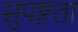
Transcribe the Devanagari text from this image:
सुपष्टता